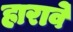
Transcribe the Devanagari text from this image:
हारावे